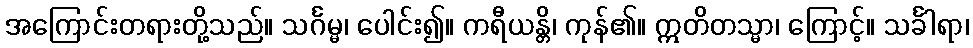
အကြောင်းတရားတို့သည်။ သင်္ဂမ္မ၊ ပေါင်း၍။ ကရီယန္တိ၊ ကုန်၏။ ဣတိတသ္မာ၊ ကြောင့်။ သင်္ခါရာ၊